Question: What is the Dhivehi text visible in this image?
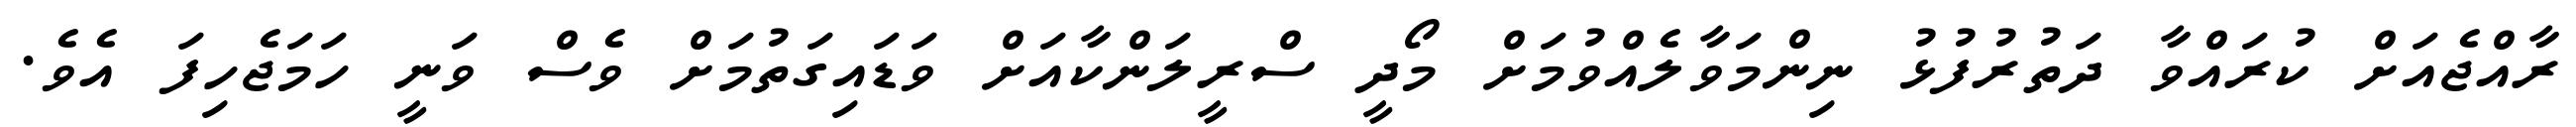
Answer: ރާއްޖެއަށް ކުރައްވާ ދަތުރުފުޅު ނިންމަވާލެއްވުމަށް މޯދީ ސްރީލަންކާއަށް ވަޑައިގަތުމަށް ވެސް ވަނީ ހަމަޖެހިފަ އެވެ.